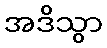
အဒိသွာ